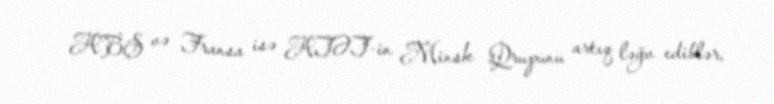
ABŞ və Fransa isə ATƏT-in Minsk Qrupunu artıq ləğv ediblər,